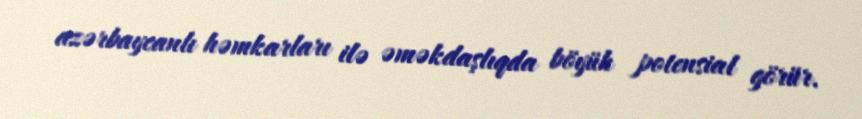
azərbaycanlı həmkarları ilə əməkdaşlıqda böyük potensial görür.